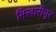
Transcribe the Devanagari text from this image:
भिखारीपुर